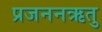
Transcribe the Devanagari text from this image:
प्रजननऋतु